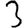
Digit: 3